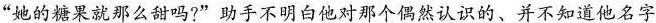
”她的糖果就那么甜吗?”助手不明白他对那个偶然认识的、并不知道他名字